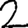
Digit: 2